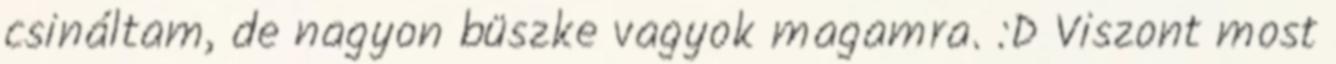
csináltam, de nagyon büszke vagyok magamra. :D Viszont most